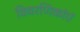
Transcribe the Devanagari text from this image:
विवरणिकांएं